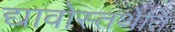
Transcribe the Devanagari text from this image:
द्यावोस्तथेति